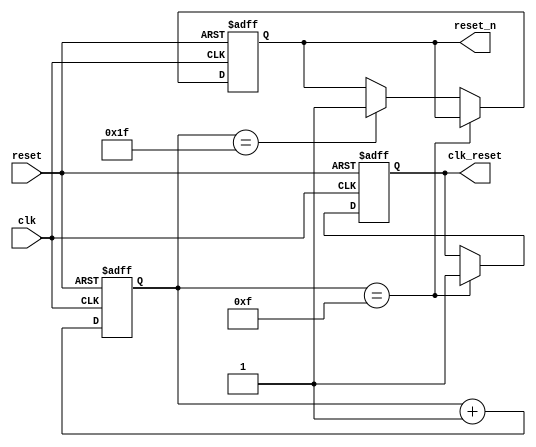
module new_reset(
	input clk,
	input reset,
	output reg reset_n,
	output reg clk_reset
);

reg [4:0] cnt;
always @(posedge clk or negedge reset) begin
   if(!reset) begin
		cnt <= 0;
		reset_n <= 0;
		clk_reset <= 0;
	end
	else begin
		cnt <= cnt +1'b1;
		if(cnt == 15)
			clk_reset <= 1'b1;
		else if(cnt == 31)
			reset_n <= 1'b1;
	end
end

endmodule